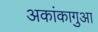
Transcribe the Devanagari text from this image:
अकांकागुआ